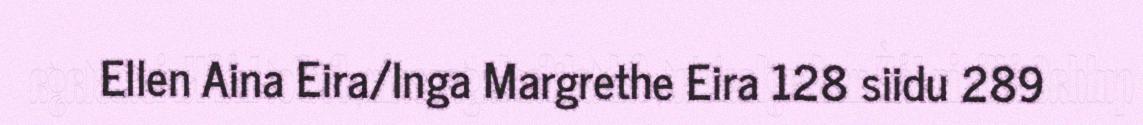
Ellen Aina Eira/Inga Margrethe Eira 128 siidu 289